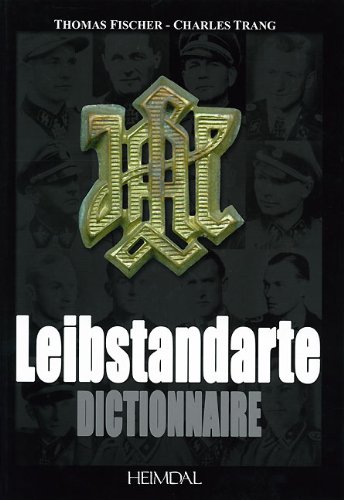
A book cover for Dictionnaire de la Leibstandarte (French Edition); Charles Trang; Arts & Photography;